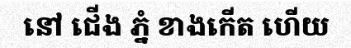
នៅ ជើង ភ្នំ ខាងកើត ហើយ